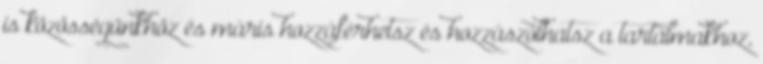
is közösségünkhöz és máris hozzáférhetsz és hozzászólhatsz a tartalmakhoz,